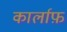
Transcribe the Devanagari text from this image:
कार्लाफ़